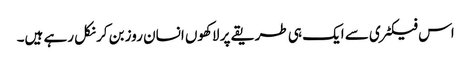
اس فیکٹری سے ایک ہی طریقے پر لاکھوں انسان روز بن کر نکل رہے ہیں۔